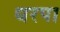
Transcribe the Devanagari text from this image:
धरपा